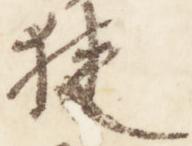
狭